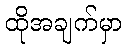
ထိုအချက်မှာ